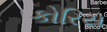
કોરિય